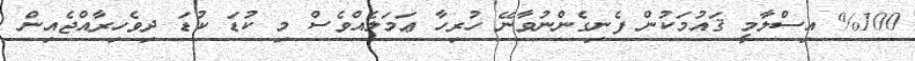
%100 އިސްލާމީ ޤައުމަކުން ފެނިގެންނުވާނޭ ހުރިހާ ޢަމަލެއްވެސް މި ކުޑަ ކުޑަ ދިވެހިރާއްޖެއިން